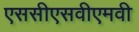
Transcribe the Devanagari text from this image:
एससीएसवीएमवी